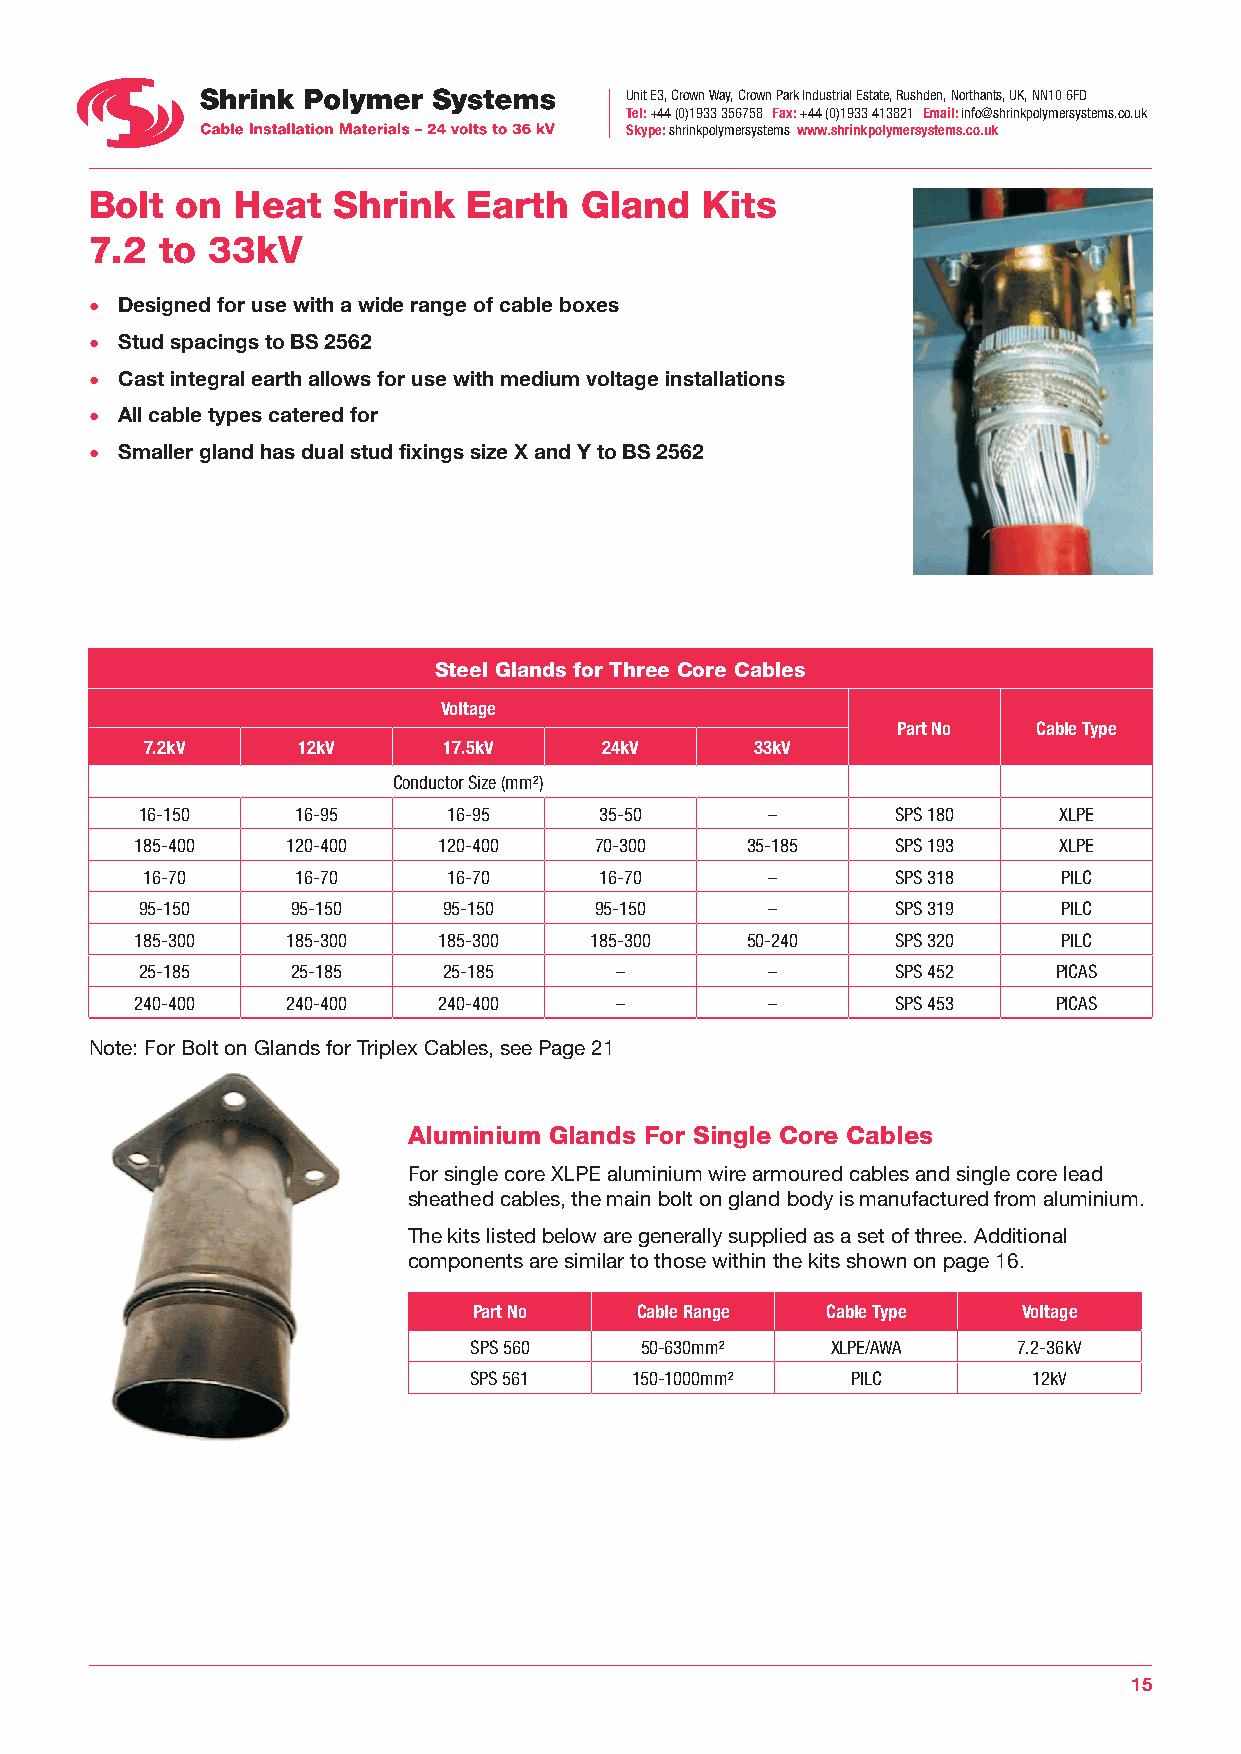
Unit E3, Crown Way, Crown Park Industrial Estate, Rushden, Northants, UK, NN10 6FD
 Tel: +44 (0)1933 356758 Fax: +44 (0)1933 413821 Email: info@shrinkpolymersystems.co.uk
 Skype: shrinkpolymersystems www.shrinkpolymersystems.co.uk
 Bolt  on  Heat  Shrink   Earth  Gland    Kits
 7.2  to 33kV
 • Designed for use with a wide range of cable boxes
 • Stud spacings to BS 2562
 • Cast integral earth allows for use with medium voltage installations
 • All cable types catered for
 • Smaller gland has dual stud fixings size X and Y to BS 2562
 Steel Glands for Three Core Cables
 Voltage
 Part No   Cable Type
 7.2kV     12kV     17.5kV     24kV      33kV
 Conductor Size (mm²)
 16-150     16-95     16-95     35-50      –       SPS 180    XLPE
 185-400   120-400   120-400   70-300    35-185    SPS 193    XLPE
 16-70      16-70     16-70     16-70      –       SPS 318    PILC
 95-150    95-150    95-150    95-150      –       SPS 319    PILC
 185-300   185-300   185-300   185-300   50-240    SPS 320    PILC
 25-185    25-185    25-185      –         –       SPS 452    PICAS
 240-400   240-400   240-400     –         –       SPS 453    PICAS
 Note: For Bolt on Glands for Triplex Cables, see Page 21
 Aluminium Glands For Single Core Cables
 For single core XLPE aluminium wire armoured cables and single core lead
 sheathed cables, the main bolt on gland body is manufactured from aluminium.
 The kits listed below are generally supplied as a set of three. Additional
 components are similar to those within the kits shown on page 16.
 Part No    Cable Range  Cable Type   Voltage
 SPS 560    50-630mm²    XLPE/AWA    7.2-36kV
 SPS 561    150-1000mm²   PILC        12kV
 15